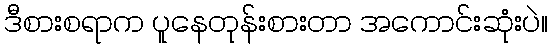
ဒီစားစရာက ပူနေတုန်းစားတာ အကောင်းဆုံးပဲ။